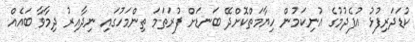
ކުޑަދަރިފުޅު އުފެދުމުގެ އުނިކަމުން ހިޔާމަތްކޮށްދޭ ބަނޑަށް ފުރަތަމަ ތިންމަހުގައި ނިދާއިރު ދިމާވާ ބައެއް